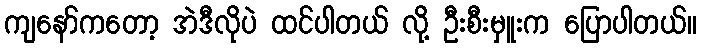
ကျနော်ကတော့ အဲဒီလိုပဲ ထင်ပါတယ် လို့ ဦးစီးမှူးက ပြောပါတယ်။